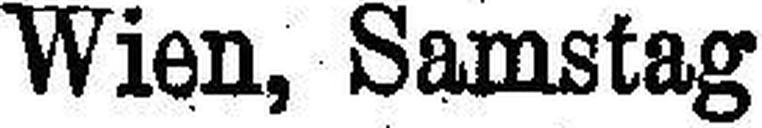
Wien, Samstag